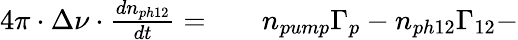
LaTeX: \begin{array}{rlr}{4\pi\cdot\Delta\nu\cdot\frac{dn_{ph12}}{dt}=}&{{}}&{n_{pump}\Gamma_{p}-n_{ph12}\Gamma_{12}-}\end{array}